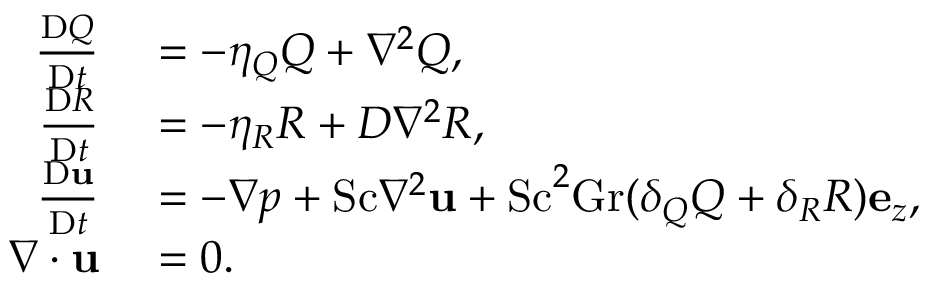
\begin{array} { r l } { \frac { \mathrm { D } Q } { \mathrm { D } t } } & { { } = - \eta _ { Q } Q + \nabla ^ { 2 } Q , } \\ { \frac { \mathrm { D } R } { \mathrm { D } t } } & { { } = - \eta _ { R } R + D \nabla ^ { 2 } R , } \\ { \frac { \mathrm { D } \mathbf { u } } { \mathrm { D } t } } & { { } = - \nabla p + \mathrm { S c } \nabla ^ { 2 } \mathbf { u } + \mathrm { S c } ^ { 2 } \mathrm { G r } ( \delta _ { Q } Q + \delta _ { R } R ) \mathbf { e } _ { z } , } \\ { \nabla \cdot \mathbf { u } } & { { } = 0 . } \end{array}